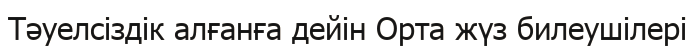
Тәуелсіздік алғанға дейін Орта жүз билеушілері